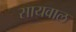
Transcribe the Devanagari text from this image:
सायवाल